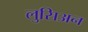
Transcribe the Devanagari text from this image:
लुसिअन